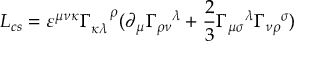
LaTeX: { \cal L } _ { c s } = \varepsilon ^ { \mu \nu \kappa } \Gamma _ { \kappa \lambda } ^ { \, \, \, \, \, \, \, \, \rho } ( \partial _ { \mu } \Gamma _ { \rho \nu } ^ { \, \, \, \, \, \, \lambda } + \frac 2 3 \Gamma _ { \mu \sigma } ^ { \, \, \, \, \, \, \, \lambda } \Gamma _ { \nu \rho } ^ { \, \, \, \, \, \, \sigma } )